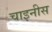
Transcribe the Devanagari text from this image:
चाइनीस